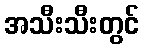
အသီးသီးတွင်